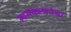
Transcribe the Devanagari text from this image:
स्वसंकल्पनेचा